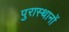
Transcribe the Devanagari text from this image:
पुरास्थानों